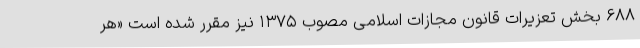
۶۸۸ بخش تعزیرات قانون مجازات اسلامی مصوب ۱۳۷۵ نیز مقرر شده است «هر